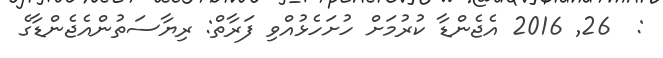
:  26